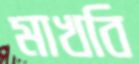
মাখবি